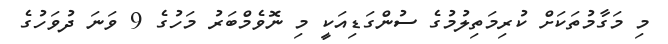
މި މަގާމުތަކަށް ކުރިމަތިލުމުގެ ސުންގަޑިއަކީ މި ނޮވެމްބަރު މަހުގެ 9 ވަނަ ދުވަހުގެ